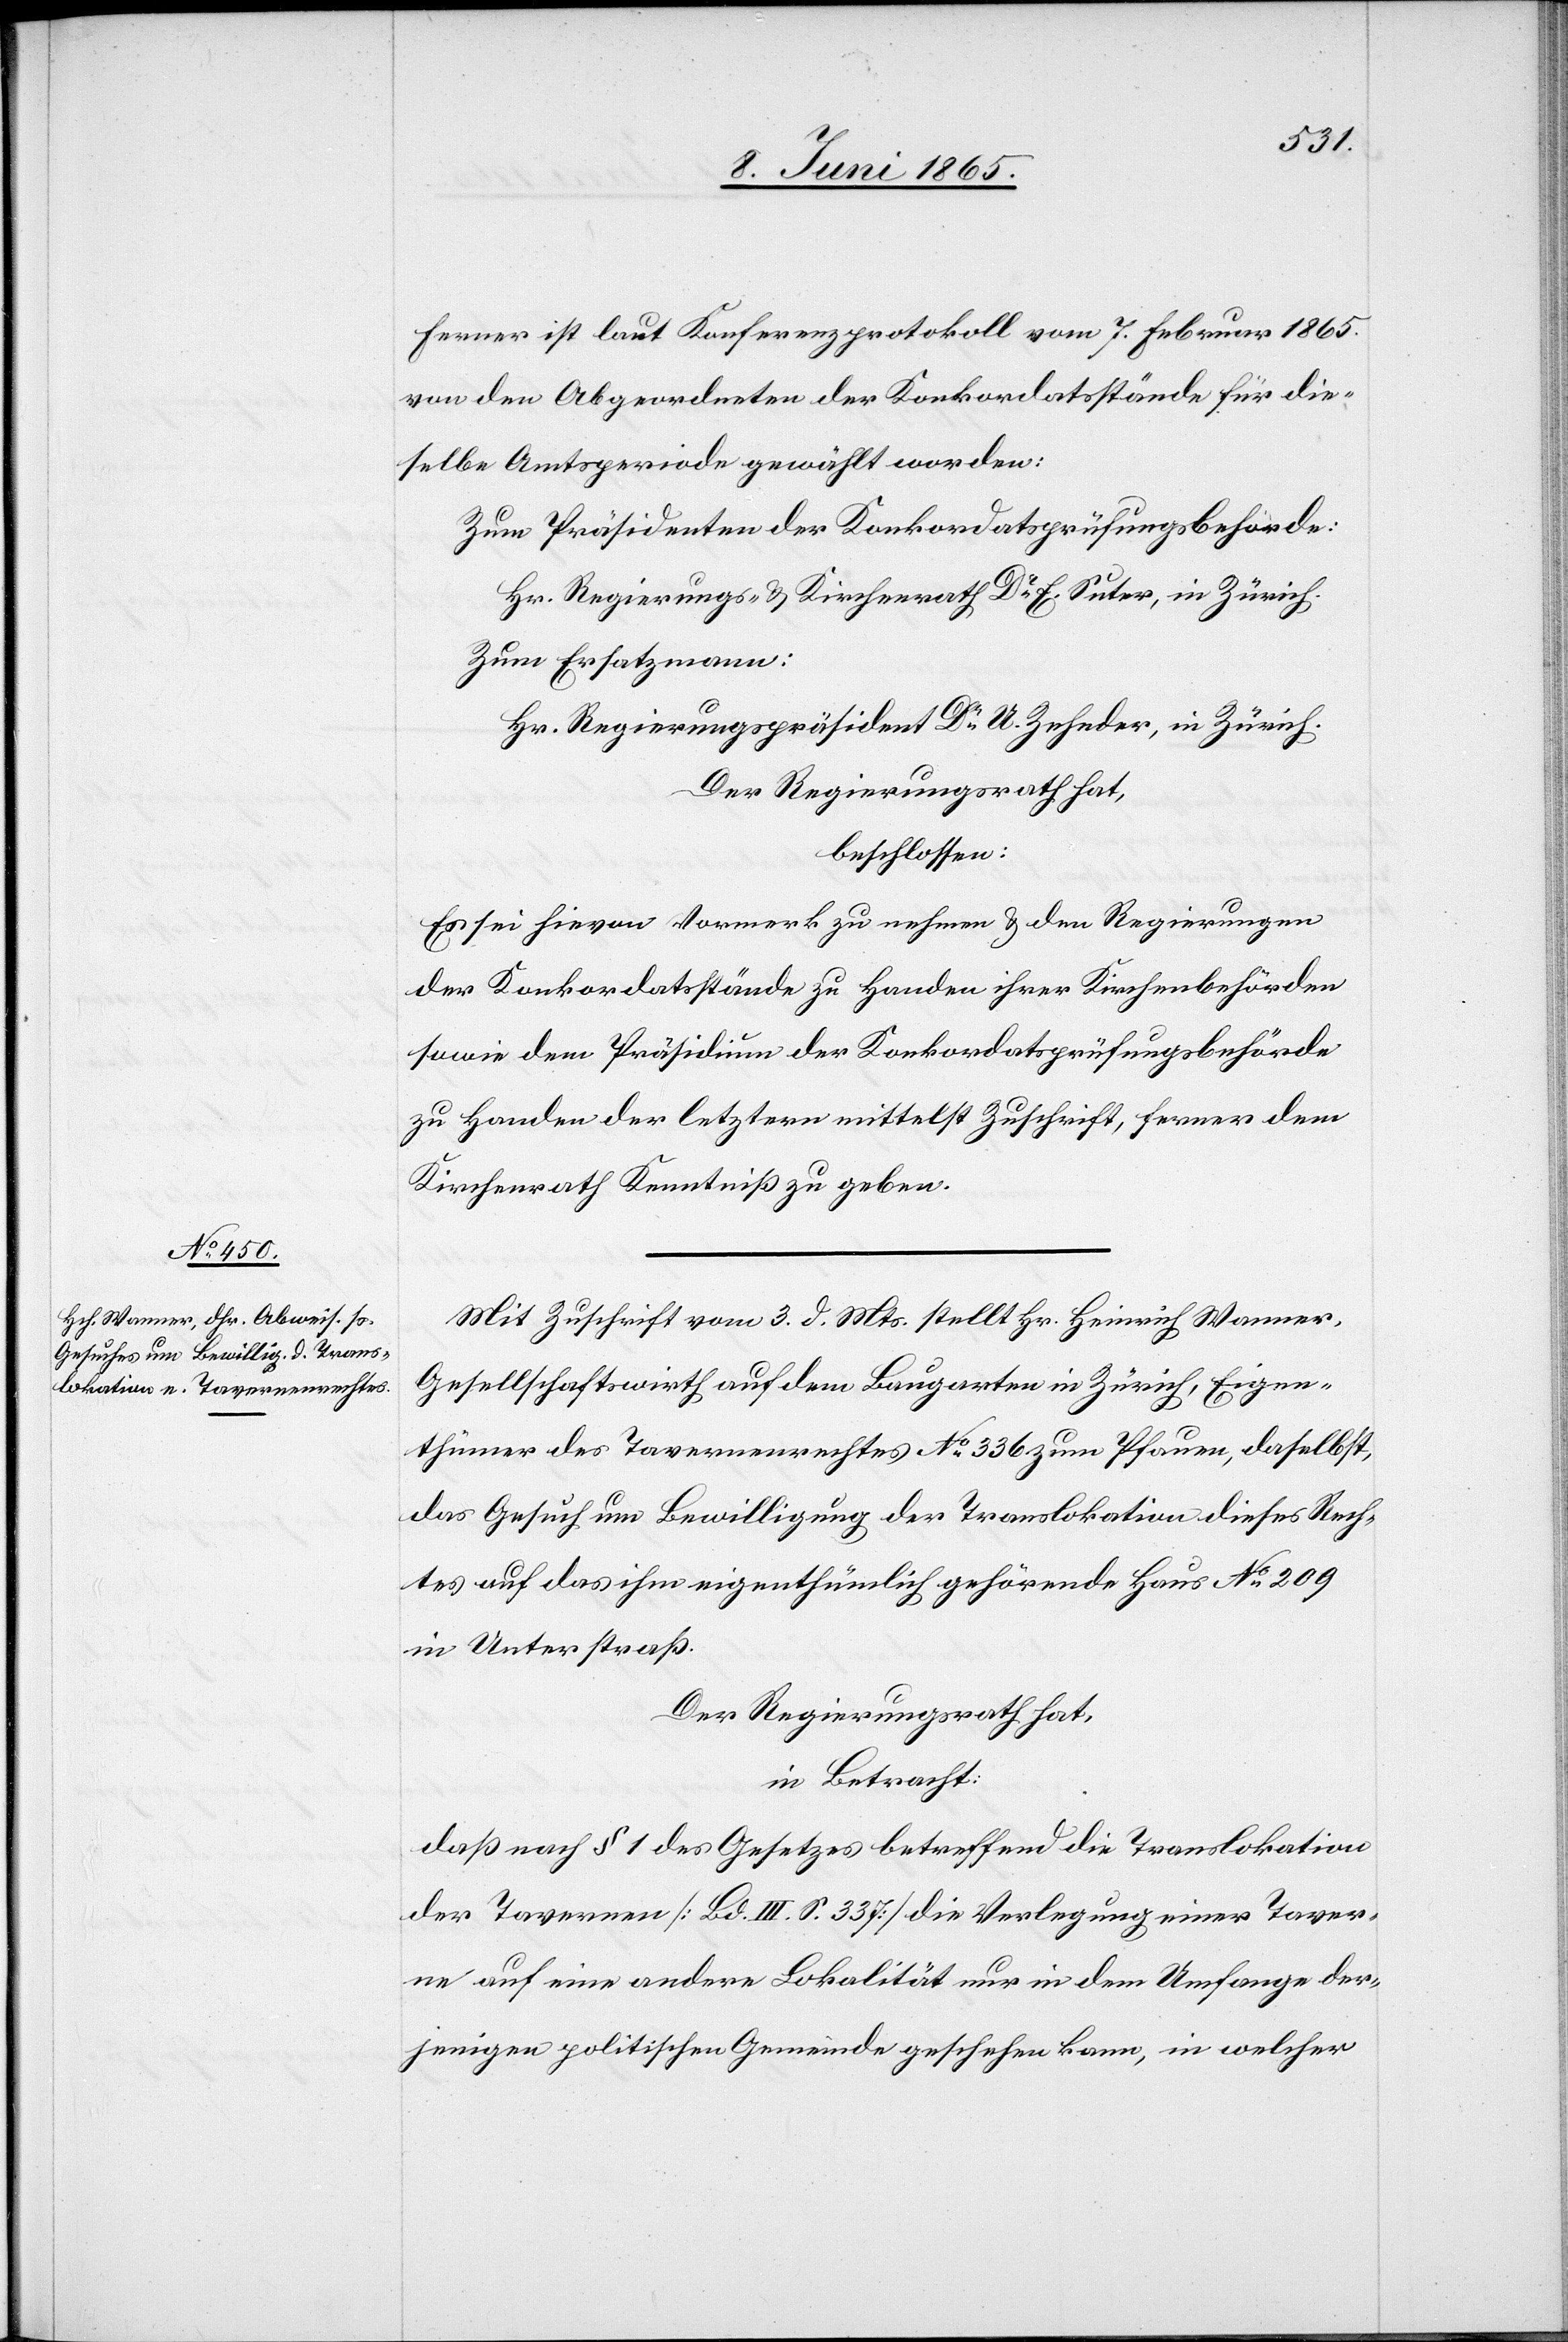
Ferner ist laut Konferenzprotokoll vom 7. Februar 1865.
von den Abgeordneten der Konkordatsstände für die¬
selbige Amtsperiode gewählt worden:
Zum Präsidenten der Konkordatsprüfungsbehörde:
Hr. Regierungs- & Kirchenrath Dr E. Suter, in Zürich.
Zum Ersatzmann:
Hr. Regierungspräsident Dr U. Zehnder, in Zürich.
Der Regierungsrath hat,
beschlossen:
Es sei hievon Vormerk zu nehmen & den Regierungen
der Konkordatsstände zu Handen ihrer Kirchenbehörden
sowie dem Präsidium der Konkordatsprüfungsbehörde
zu Handen der letztern mittelst Zuschrift, ferner dem
Kirchenrath Kenntniß zu geben.